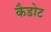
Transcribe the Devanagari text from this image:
कैडोट